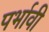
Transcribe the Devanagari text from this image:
पर्भावी